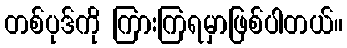
တစ်ပုဒ်ကို ကြားကြရမှာဖြစ်ပါတယ်။